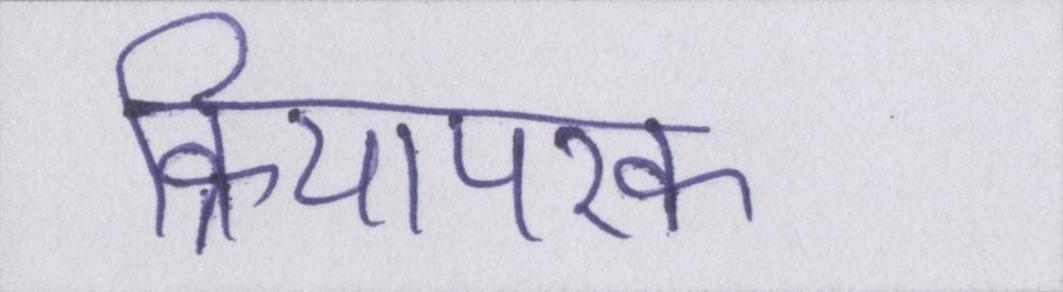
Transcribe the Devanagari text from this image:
क्रियापरक